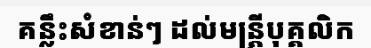
គន្លឹះសំខាន់ៗ ដល់មន្ត្រីបុគ្គលិក